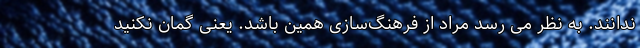
ندانند. به نظر می رسد مراد از فرهنگ‌سازی همین باشد. یعنی گمان نکنید